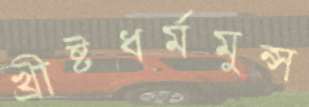
খ্রীষ্টধর্মমুন্স